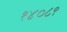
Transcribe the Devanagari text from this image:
१४०८९